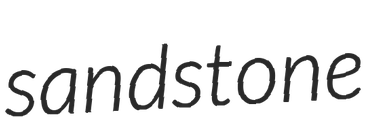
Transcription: sandstone